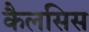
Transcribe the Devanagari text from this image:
कैलसिस